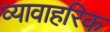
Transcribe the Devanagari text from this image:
व्यावाहरिक